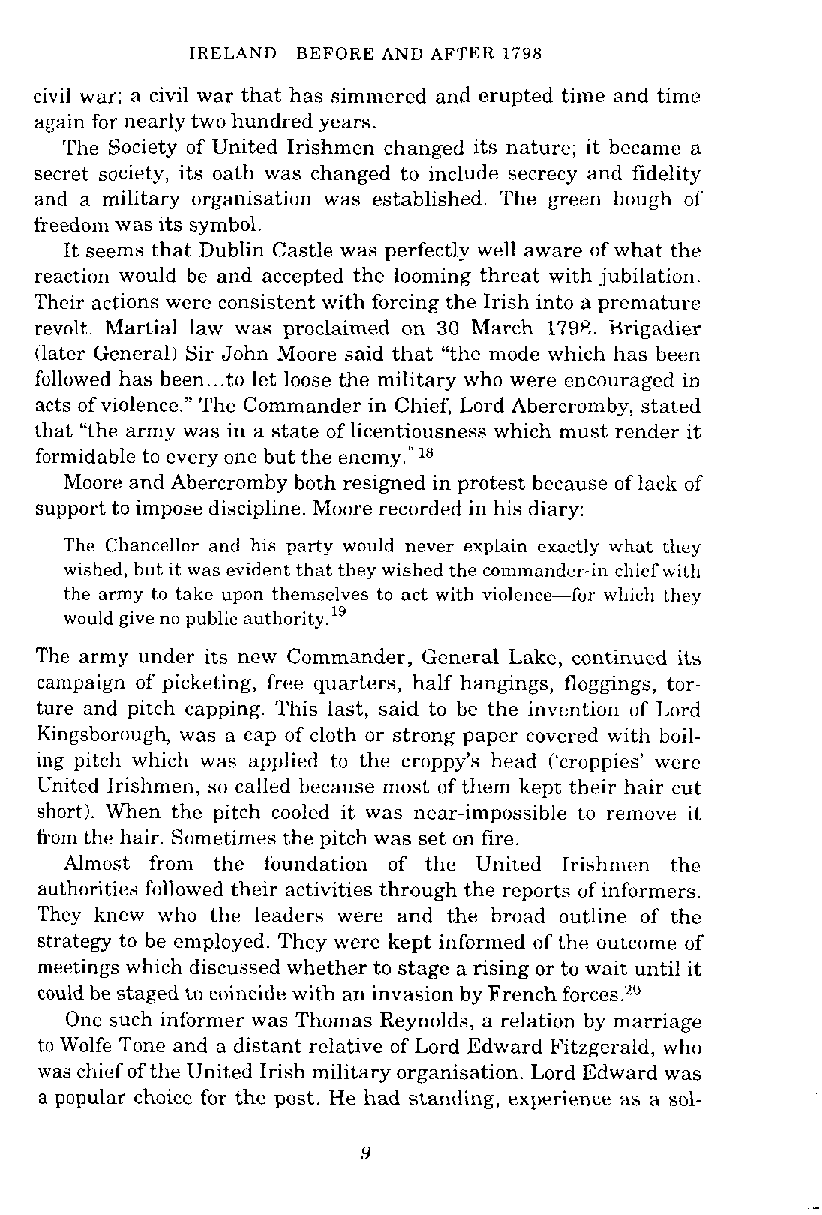
IRELAND-BEFORE AND AFTER 1798
 civil war; a civil war that has simmered and erupted time and time
 again for nearly two hundred years.
 The Society of United Irishmen changed its nature; it became a
 secret society, its oath was changed to include secrecy and fidelity
 and a military organisation was established. The green bough of
 freedom was its symbol.
 It seems that Dublin Castle was perfectly well aware of what the
 reaction would be and accepted the looming threat with jubilation.
 Their actions were consistent with forcing the Irish into a prematurc
 revolt. hfartial law was proclaimed on 30 March 179P,. arigadier
 (later General1 Sir John Moore said that "the mode which has been
 followed has been ...t o let loose the military who were cncouraged in
 acts of violence." The Commander in Chief, Lord Abercromby, stated
 that "the army was in a state of licentiousness which must render it
 formidable to every one but the enemy."'"
 Moore and Abercromby both resigned in protest because of lack of
 support to impose discipline. Moore recorded in his diary:
 The Chancellor and his party would never explain exactly what Lhey
 wished, but it was evident that they wished the commander-in~chiewf ith
 the army to take upon thenlselves to act with violence-for which they
 would give no public a~thority.'~
 The army under its new Commander, General Lake, continued its
 campaign of picketing, free quarters, half hangings, floggings, tor-
 ture and pitch capping. This last, said to be the invention of Lord
 Kmgsborough, was a cap of cloth or strong paper covered with boil-
 ing pitch which was applied to the croppy's head ('crappies' were
 United Irishmen, so called because most of them kept their hair cut
 short). When the pitch cooled it was near-impossible to remove it
 from the hair. Sometimes the pitch was set on fire.
 Almost from the foundation of the United Irishmen the
 authorities followed their activities through the reports of informers.
 They knew who the leaders were and the broad outline of the
 strategy to be employed. They were kept informed of the outcome of
 meetings which discussed whether to stage a rising or to wait until it
 could be staged to coincide with an invasion by French forces.20
 One such informer was Thomas Reynolds, a relation by marriage
 to Wolfe Tone and a distant relative of Lord Edward Fitzgerald, who
 was chief of the United Irish military organisation. Lord Edward was
 a popular choice for the post. He had standing, experience as a sol-